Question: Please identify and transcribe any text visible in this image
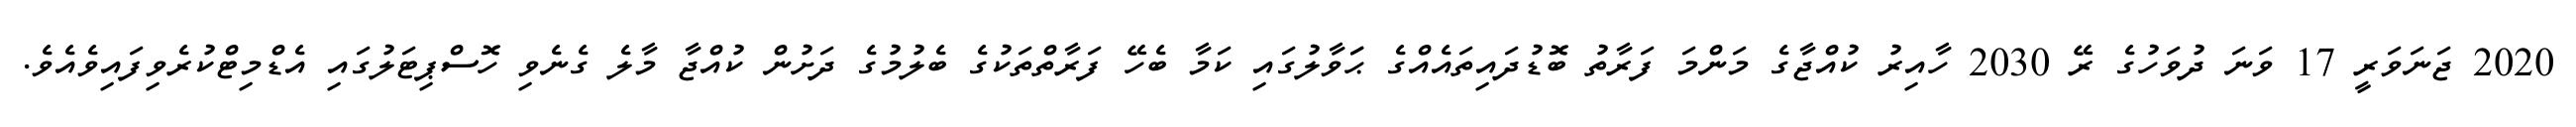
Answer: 2020 ޖަނަވަރީ 17 ވަނަ ދުވަހުގެ ރޭ 2030 ހާއިރު ކުއްޖާގެ މަންމަ ފަރާތު ބޮޑުދައިތައެއްގެ ޙަަވާލުގައި ކަމާ ބެހޭ ފަރާތްތަކުގެ ބެލުމުގެ ދަށުން ކުއްޖާ މާލެ ގެނެވި ހޮސްޕިޓަލުގައި އެޑްމިޓްކުރެވިފައިވެއެވެ.